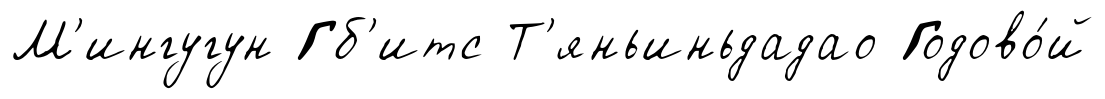
М'ингугун Гб'итс Т'яньиньдадао Годово́й